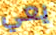
يعي